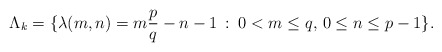
\begin{align*}\Lambda_{k}=\{\lambda(m,n)=m\frac{p}{q}-n-1\, :\;0<m\leq q,\,0\leq n\leq p-1\}.\end{align*}